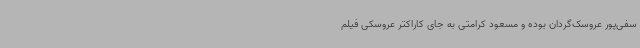
سفی‌پور عروسک‌گردان بوده و مسعود کرامتی به جای کاراکتر عروسکی فیلم